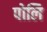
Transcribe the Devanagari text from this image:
पोलि